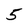
Character: 5